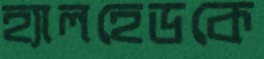
হ্যালহেডকে